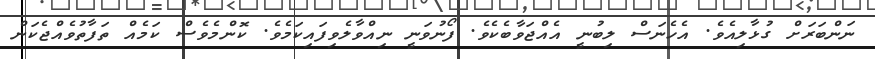
ނަންބަރަށް ގުޅާލިއެވެ. އެހެނަސް ލިބުނީ އެއްޖަވާބެކެވެ. ފޯނުވަނީ ނިއްވާލެވިފައިކަމެވެ. ކޮންމެވެސް ކަމެއް ތަފާތުވެއްޖެކަން